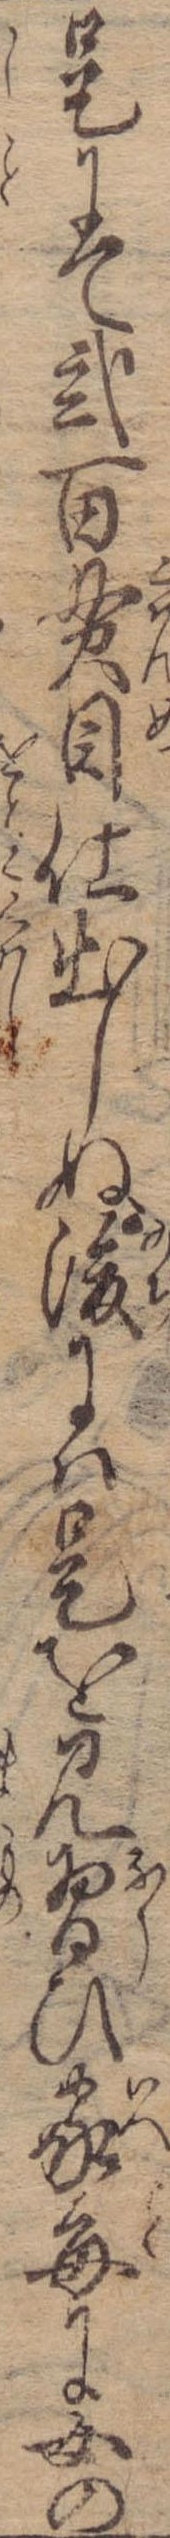
是にて弐百貫目仕出しぬ後には是を見習ひ家毎に女の